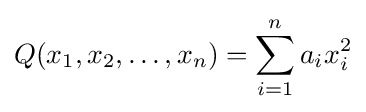
Q(x_{1},x_{2},\ldots ,x_{n})=\sum _{i=1}^{n}a_{i}x_{i}^{2}